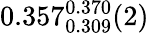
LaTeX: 0.357_{0.309}^{0.370}(2)